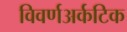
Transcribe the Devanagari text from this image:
विवर्णअर्कटिक